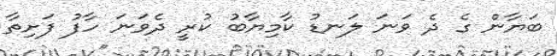
ބަޔާން ގެ ދެ ވަނަ ލަނޑު ކާމިޔާބު ކުރީ ދެވަނަ ހާފު ފަށިތާ